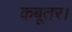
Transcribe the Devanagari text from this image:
कबूतर।